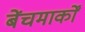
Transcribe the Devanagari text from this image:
बेंचमार्कों